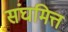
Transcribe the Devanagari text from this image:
संघमित्त